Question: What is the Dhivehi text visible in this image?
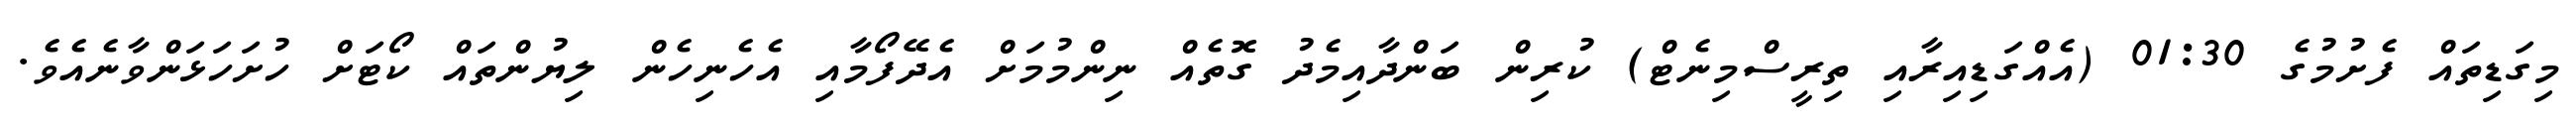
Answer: މިގަޑިތައް ފެށުމުގެ 01:30 (އެއްގަޑިއިރާއި ތިރީސްމިނެޓް) ކުރިން ބަންދާއިމެދު ގޮތެއް ނިންމުމަށް އެދޭފޯމާއި އެހެނިހެން ލިޔުންތައް ކޯޓަށް ހުށަހަޅަންވާނެއެވެ.